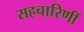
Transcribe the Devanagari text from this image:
सहचारिणीं